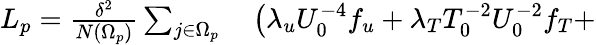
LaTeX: \begin{array}{rl}{L_{p}=\frac{\delta^{2}}{N(\Omega_{p})}\sum_{j\in\Omega_{p}}}&{{}\left(\lambda_{u}U_{0}^{-4}f_{u}+\lambda_{T}T_{0}^{-2}U_{0}^{-2}f_{T}+\right.}\end{array}